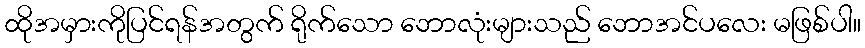
ထိုအမှားကိုပြင်ရန်အတွက် ရိုက်သော ဘောလုံးများသည် ဘောအင်ပလေး မဖြစ်ပါ။